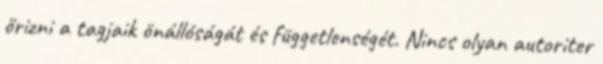
őrizni a tagjaik önállóságát és függetlenségét. Nincs olyan autoriter